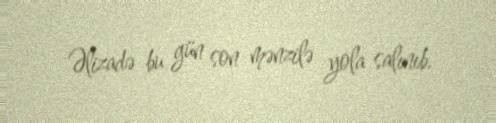
Əlizadə bu gün son mənzilə yola salınıb.